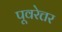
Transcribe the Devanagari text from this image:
पूवरेत्तर